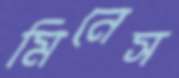
মিনেস